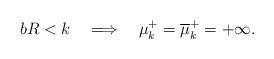
LaTeX: \begin{align*}bR<k\quad\Longrightarrow\quad\mu_k^+=\overline{\mu}_k^+=+\infty.\end{align*}